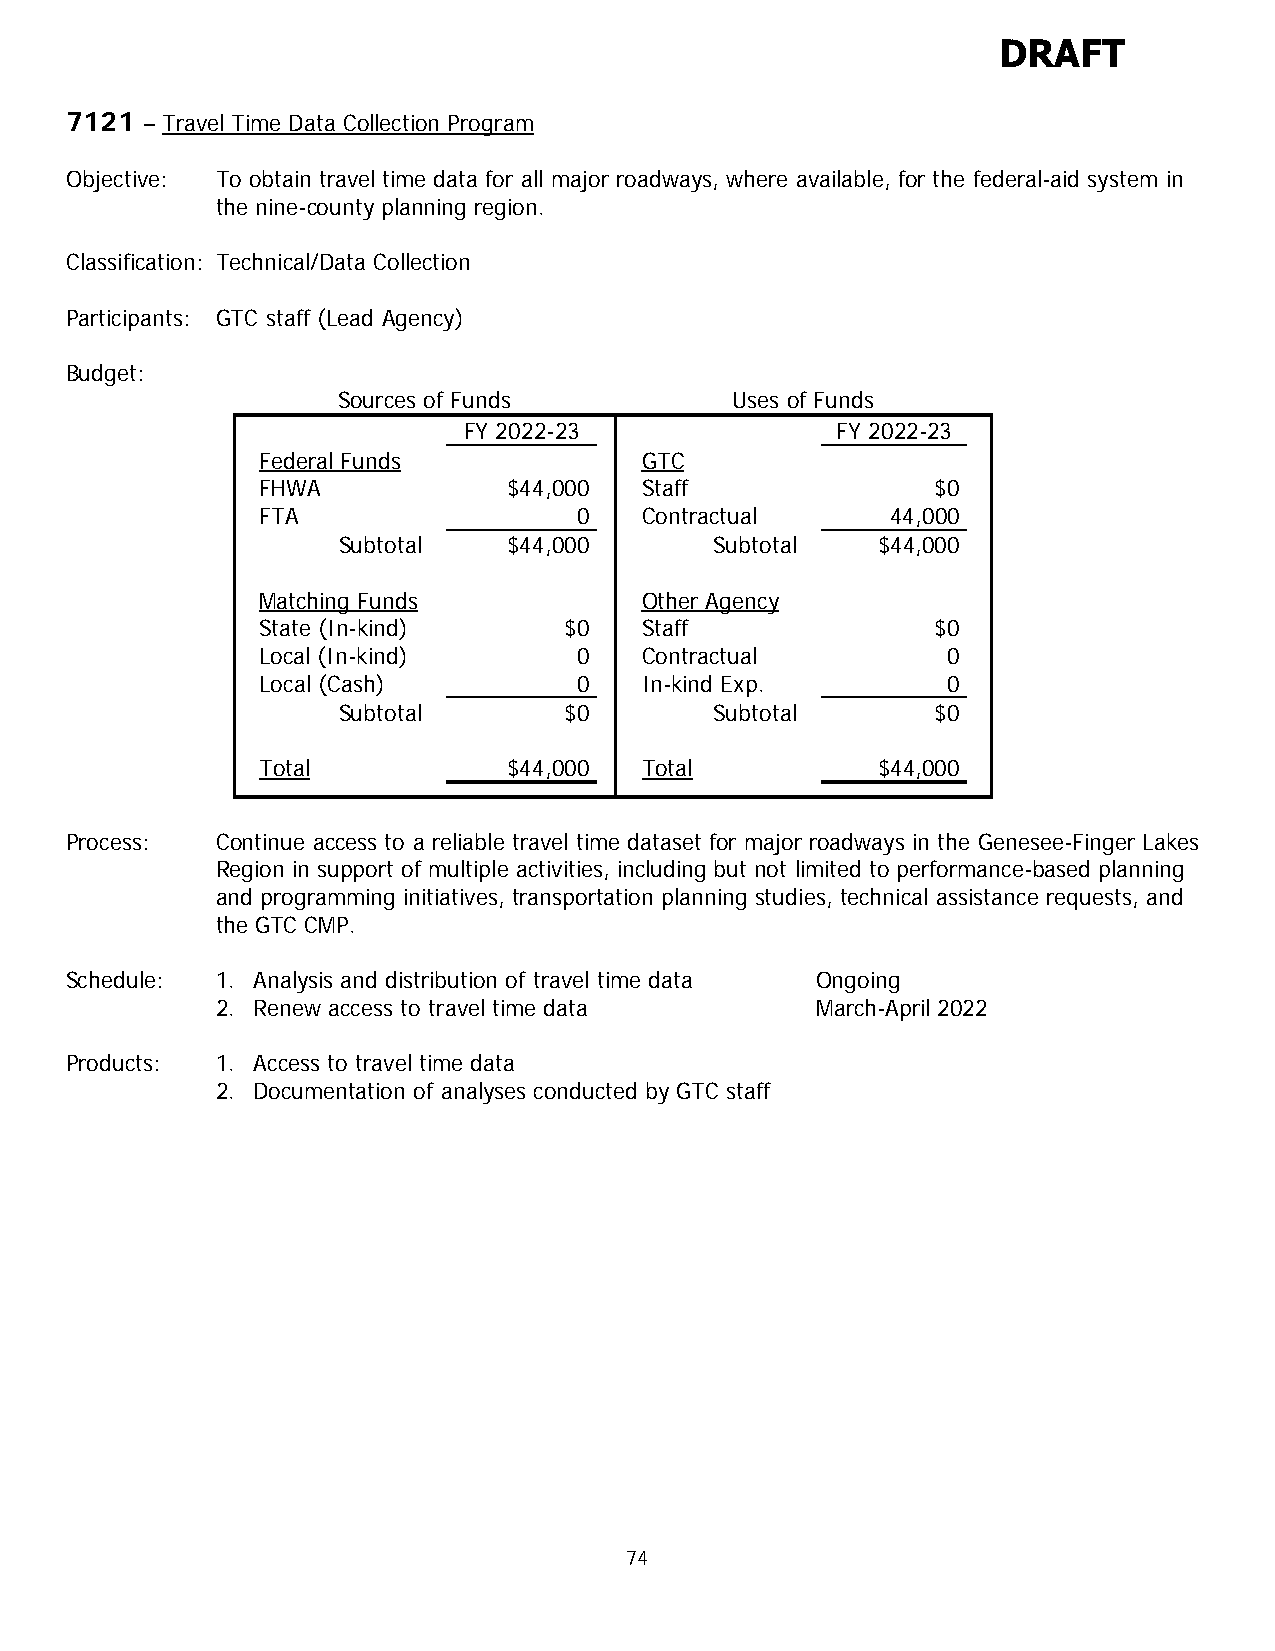
DRAFT
 7121 – Travel Time Data Collection Program
 Objective: To obtain travel time data for all major roadways, where available, for the federal-aid system in
 the nine-county planning region.
 Classification: Technical/Data Collection
 Participants: GTC staff (Lead Agency)
 Budget:
 Sources of Funds          Uses of Funds
 FY 2022-23              FY 2022-23
 Federal Funds            GTC
 FHWA             $44,000 Staff               $0
 FTA                  0   Contractual      44,000
 Subtotal    $44,000      Subtotal   $44,000
 Matching Funds           Other Agency
 State (In-kind)     $0   Staff               $0
 Local (In-kind)      0   Contractual          0
 Local (Cash)         0   In-kind Exp.         0
 Subtotal       $0        Subtotal       $0
 Total            $44,000 Total           $44,000
 Process:  Continue access to a reliable travel time dataset for major roadways in the Genesee-Finger Lakes
 Region in support of multiple activities, including but not limited to performance-based planning
 and programming initiatives, transportation planning studies, technical assistance requests, and
 the GTC CMP.
 Schedule: 1. Analysis and distribution of travel time data Ongoing
 2. Renew access to travel time data     March-April 2022
 Products: 1. Access to travel time data
 2. Documentation of analyses conducted by GTC staff
 74